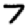
Digit: 7